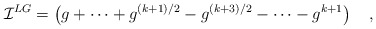
\begin{align*}{\cal I}^{LG} =\left(g + \cdots + g^{(k+1)/2} - g^{(k+3)/2}- \cdots -g^{k+1}\right)\quad,\end{align*}